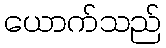
ယောက်သည်